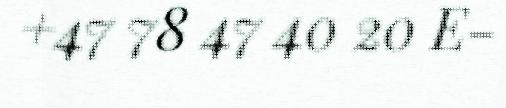
+47 78 47 40 20 E-